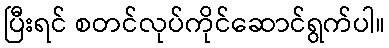
ပြီးရင် စတင်လုပ်ကိုင်ဆောင်ရွက်ပါ။